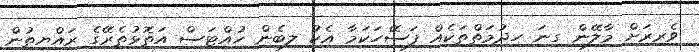
ވެރިރަށް މާލޭން ގިނަ ހިދުމަތްތަކެއް ފަސޭހަކަމާ އެކު ލިބެން ހުއްޓަސް އަތޮޅުތެރޭގެ ރައްޔިތުން